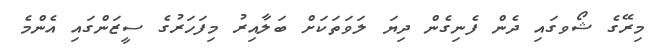
މިރޭގެ ޝޯވގައި ދެން ފެނިގެން ދިޔަ ލަވަތަކަށް ބަލާއިރު މިފަހަރުގެ ސީޒަންގައި އެންމެ